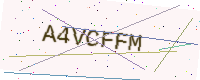
Text: A4VCFFM